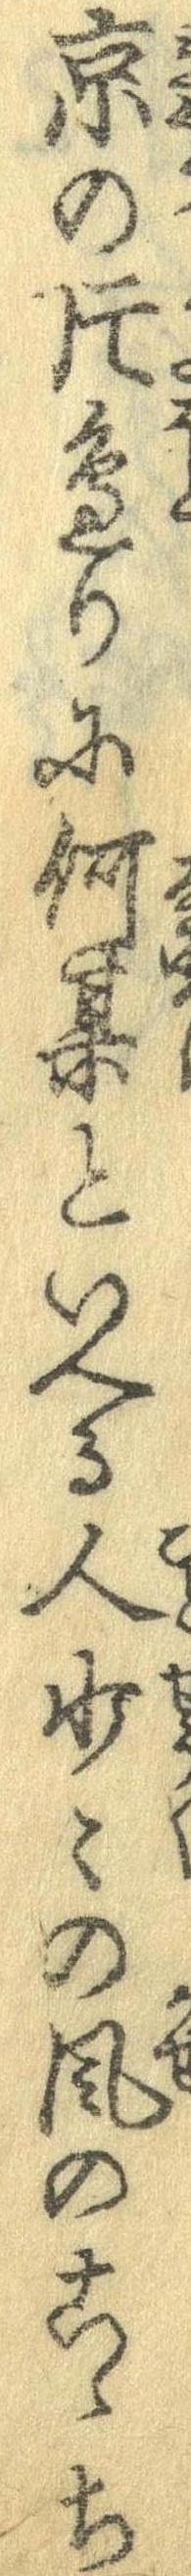
京の片辺りに何某といへる人少々の風のここち